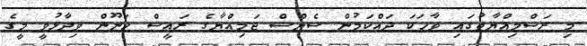
މި ރަސްމިއްޔާތުގައި ވާހަކަ ދައްކަމުން ސެންސް ޖަމިއްޔާގެ ރައީސް ހަނޫން ވިދާޅުވީ މީގެ